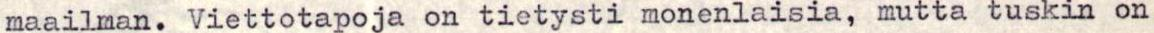
maailman. Viettotapoja on tietysti monenlaisia, mutta tuskin on